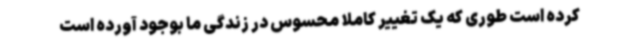
کرده است طوری که یک تغییر کاملا محسوس در زندگی ما بوجود آورده است